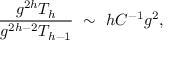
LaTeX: \frac { g ^ { 2 h } T _ { h } } { g ^ { 2 h - 2 } T _ { h - 1 } } \ \sim \ h C ^ { - 1 } g ^ { 2 } ,